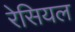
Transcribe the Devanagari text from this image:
रेसियल